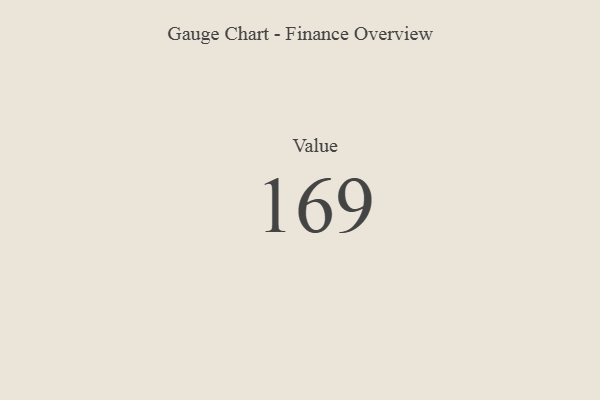
{"axis": {"x": "Metric", "y": "Value"}, "legend": [""], "data": [{"x": "Value", "y": 169, "type": ""}]}